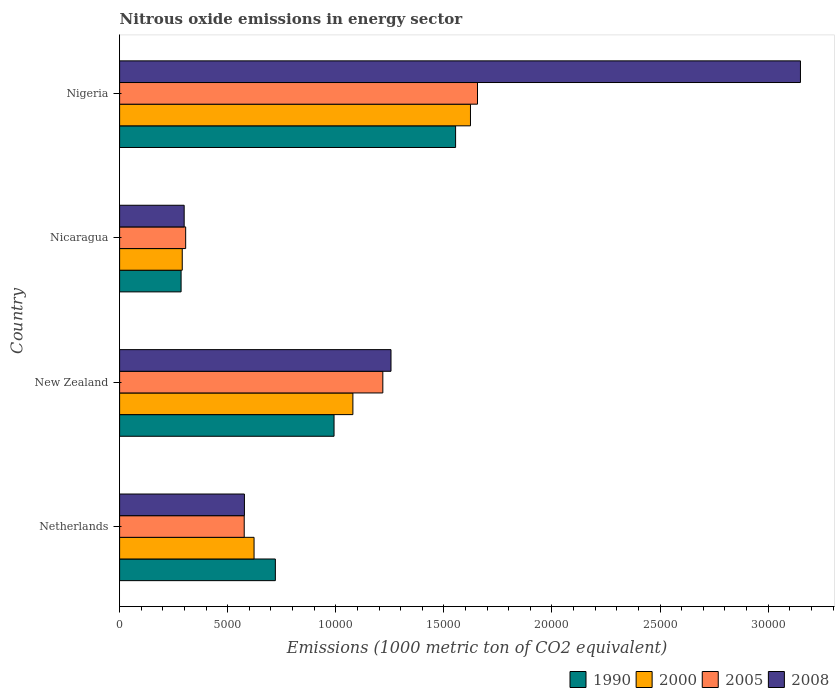
| Country | 1990 | 2000 | 2005 | 2008 |
 | --- | --- | --- | --- | --- |
 | Netherlands | 7.20e+03 | 6.22e+03 | 5.76e+03 | 5.77e+03 |
 | New Zealand | 9.92e+03 | 1.08e+04 | 1.22e+04 | 1.26e+04 |
 | Nicaragua | 2.84e+03 | 2.9e+03 | 3.06e+03 | 2.99e+03 |
 | Nigeria | 1.55e+04 | 1.62e+04 | 1.66e+04 | 3.15e+04 |